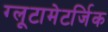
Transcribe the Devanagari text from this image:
ग्लूटामेटर्जिक